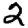
Digit: 2